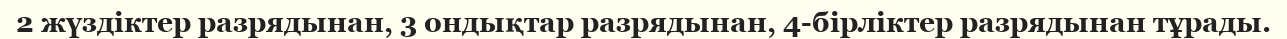
2 жүздiктер разрядынан, 3 ондықтар разрядынан, 4-бiрлiктер разрядынан тұрады.